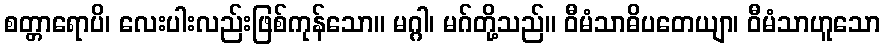
စတ္တာရောပိ၊ လေးပါးလည်းဖြစ်ကုန်သော။ မဂ္ဂါ၊ မဂ်တို့သည်။ ဝီမံသာဓိပတေယျာ၊ ဝီမံသာဟူသော